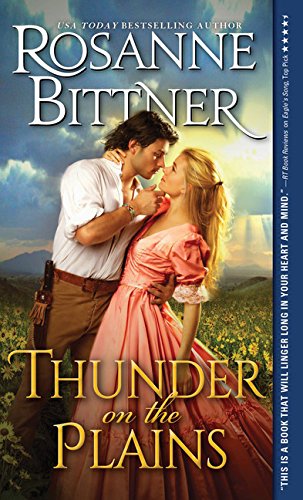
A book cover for Thunder on the Plains; Rosanne Bittner; Romance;